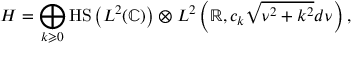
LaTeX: H = \bigoplus _ { k \geqslant 0 } { \mathrm { H S } } \left( L ^ { 2 } ( \mathbb { C } ) \right) \otimes L ^ { 2 } \left( \mathbb { R } , c _ { k } { \sqrt { \nu ^ { 2 } + k ^ { 2 } } } d \nu \right) ,